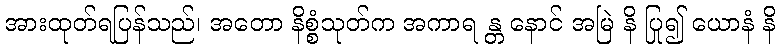
အားထုတ်ရပြန်သည်၊ အတော နိစ္စံသုတ်က အကာရ န္တ နောင် အမြဲ နိ ပြု၍ ယောနံ နိ